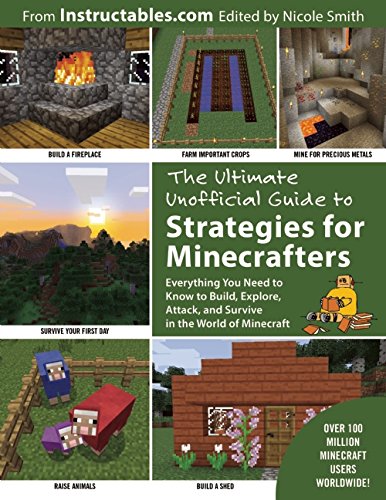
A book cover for The Ultimate Unofficial Guide to Strategies for Minecrafters: Everything You Need to Know to Build, Explore, Attack, and Survive in the World of Minecraft; Instructables.com; Humor & Entertainment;